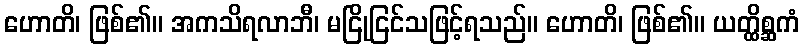
ဟောတိ၊ ဖြစ်၏။ အကသိရလာဘီ၊ မငြိုငြင်သဖြင့်ရသည်။ ဟောတိ၊ ဖြစ်၏။ ယတ္ထိစ္ဆကံ